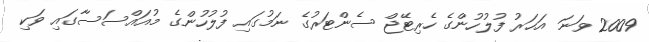
2009 ވަނަ އަހަރު ފުލުހުންގެ ހެރިޓޭޖް ސެންޓަރުގެ ނަމުގައި ފުލުހުންގެ މުއައްސަސާގައި ވަކި